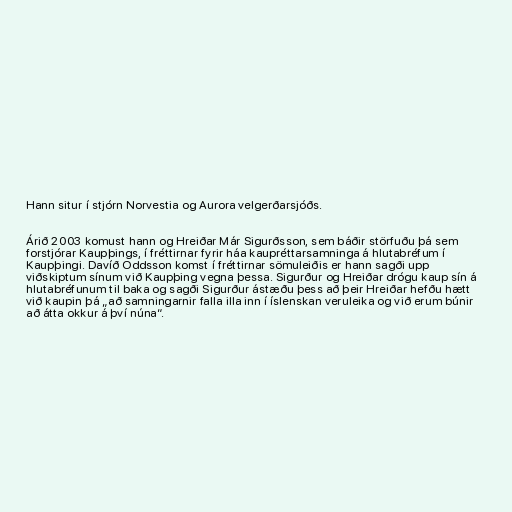
Hann situr í stjórn Norvestia og Aurora velgerðarsjóðs.

Árið 2003 komust hann og Hreiðar Már Sigurðsson, sem báðir störfuðu þá sem
forstjórar Kaupþings, í fréttirnar fyrir háa kaupréttarsamninga á hlutabréfum í
Kaupþingi. Davíð Oddsson komst í fréttirnar sömuleiðis er hann sagði upp
viðskiptum sínum við Kaupþing vegna þessa. Sigurður og Hreiðar drógu kaup sín á
hlutabréfunum til baka og sagði Sigurður ástæðu þess að þeir Hreiðar hefðu hætt
við kaupin þá „að samningarnir falla illa inn í íslenskan veruleika og við erum búnir
að átta okkur á því núna“.